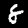
Label: 8